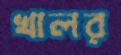
খালর